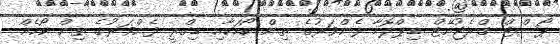
ޕޯސްޓް ގްރެޖުއޭޓް ޑިޕްލޮމާ ފެންވަރުގެ ތިން ކޯހަކާއި ޑިގްރީ ފެންވަރުގެ ތިން ކޯހެއް